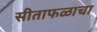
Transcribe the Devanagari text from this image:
सीताफळाचा